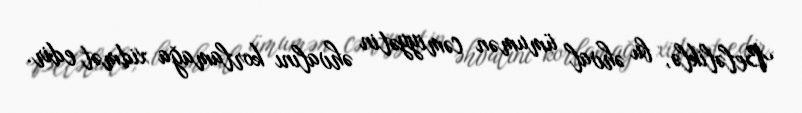
Beləliklə, bu əhval ümumən cəmiyyətin əhvalını korlamağa xidmət edir.